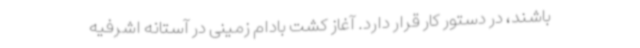
باشند، در دستور کار قرار دارد. آغاز کشت بادام زمینی در آستانه اشرفیه